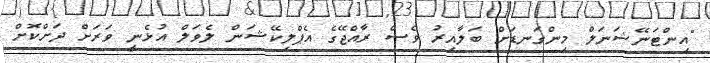
"އިންޓަނޭޝަނަލް މިންގަނޑަށް ބަލާއިރު ވެސް ރާއްޖޭގެ އެޕްލިކޭޝަން ލެވަލް އުޅެނީ ވަރަށް ދަށްކޮށް